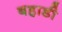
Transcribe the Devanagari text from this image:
बहाडी